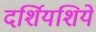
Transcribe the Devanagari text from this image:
दर्शियशिये